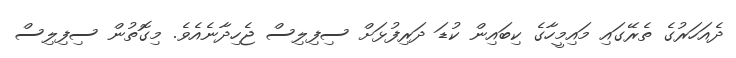
ދެއަހަރުގެ ތެރޭގައި މައިމީހާގެ ކިބައިން ކުޑަ ދަރިފުޅަށް ސިފިލިސް ޖެހިދާނެއެވެ. މިގޮތުން ސިފިލިސް